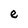
Character: e